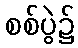
စစ်ပွဲ၌